kultuurilooline_kollektsioon, lk 113
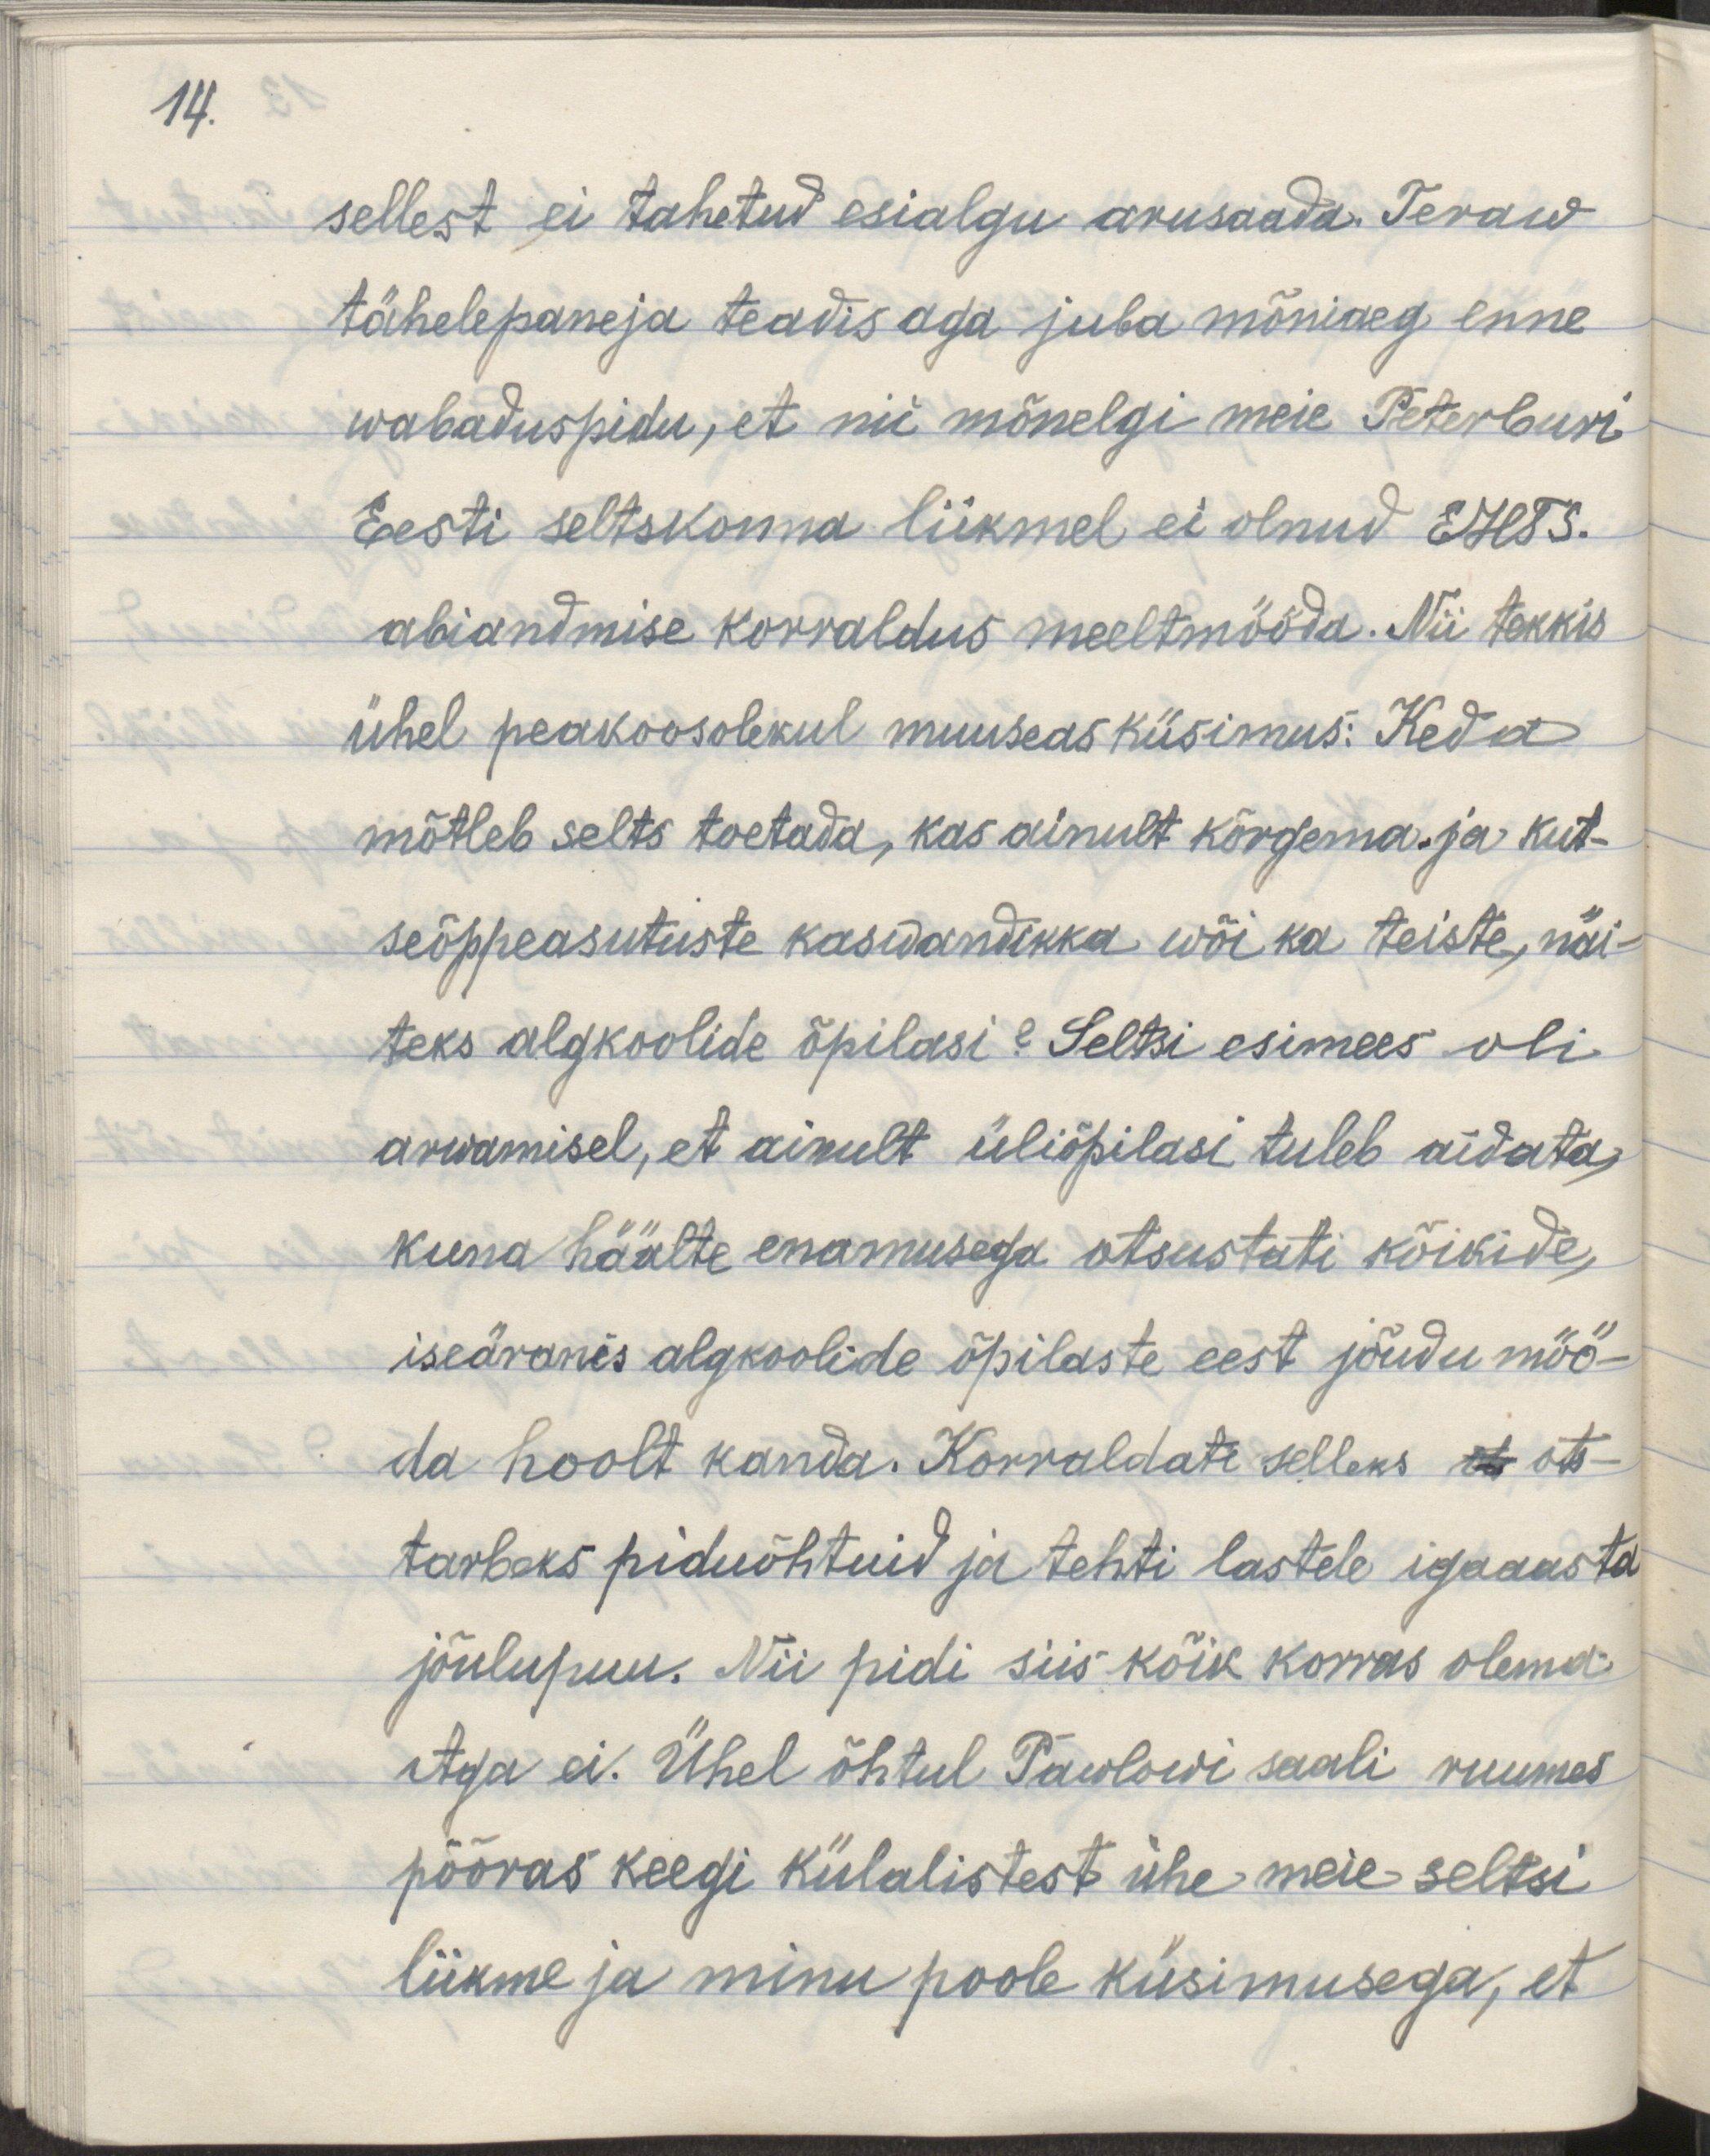
14.

sellest ei tahetud esialgu arusaada. Teraw
tähelepaneja teadis aga juba mõniaeg enne
wabaduspidu, et nii mõnelgi meie Peterburi 
Eesti seltskonna liikmel ei olnud EHTS.
abiandmise korraldus meeltmööda. Nii tekkis
ühel peakoosolekul muuseas küsimus: Keda
mõtleb selts toetada, kas ainult kõrgema ja kut-
seõppeasutuste kaswandikke wõi ka teiste, näi-
teks algkoolide õpilasi? Seltsi esimees oli
arwamisel, et ainult üliõpilasi tuleb aidata,
kuna häälte enamusega otsustati kõikide
iseäranis algkoolide õpilaste eest jõudu möö-
da hoolt kanda. Korraldati selleks ots- 
tarbeks piduõhtuid ja tehti lastele igaasta
jõulupuu. Nii pidi siis kõik korras olema. 
Aga ei. Ühel õhtul Pawlowi saali ruumes
pööras keegi külalistest ühe meie seltsi 
liikme ja minu poole küsimusega, et